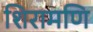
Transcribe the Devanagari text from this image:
शिरामणि